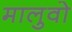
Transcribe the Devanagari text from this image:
मालुवो